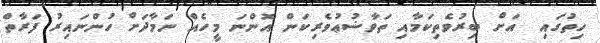
ހިތުގައި  އަށް ބިރުވެތިކަމާއި ތަވާޟުޢުވެރިކަން އޮންނަ މީހެއް ނަމާދަށް ހުންނައިރު ފަރާތް